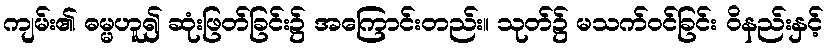
ကျမ်း၏ ဓမ္မဟူ၍ ဆုံးဖြတ်ခြင်း၌ အကြောင်းတည်း။ သုတ်၌ မသက်ဝင်ခြင်း ဝိနည်းနှင့်